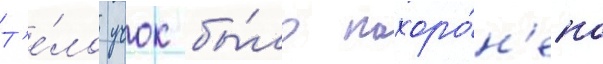
Т'е́ло учок бы́ло похоро́н'ено